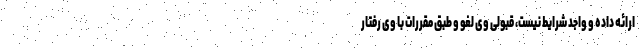
ارائه داده و واجد شرایط نیست، قبولی وی لغو و طبق مقررات با وی رفتار